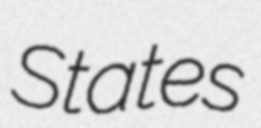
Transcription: States